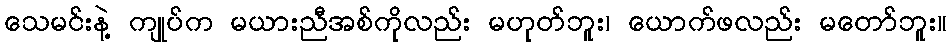
သေမင်းနဲ့ ကျုပ်က မယားညီအစ်ကိုလည်း မဟုတ်ဘူး၊ ယောက်ဖလည်း မတော်ဘူး။